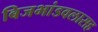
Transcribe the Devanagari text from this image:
बिजभांडवलासह